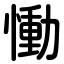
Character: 慟